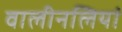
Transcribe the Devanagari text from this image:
वालीनलियां